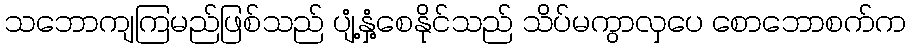
သဘောကျကြမည်ဖြစ်သည် ပျံ့နှံ့စေနိုင်သည် သိပ်မကွာလှပေ စောဘောစက်က